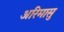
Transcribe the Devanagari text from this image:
अरिमासु